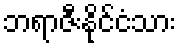
ဘရာဇီးနိုင်ငံသား